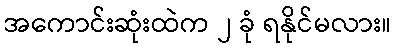
အကောင်းဆုံးထဲက ၂ ခုံ ရနိုင်မလား။